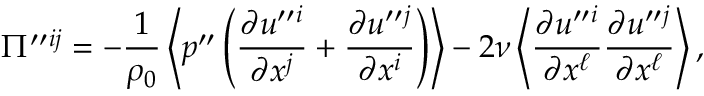
\Pi ^ { \prime \prime } { } ^ { i j } = - \frac { 1 } { \rho _ { 0 } } \left\langle { p ^ { \prime \prime } \left( { \frac { \partial u ^ { \prime \prime } { } ^ { i } } { \partial x ^ { j } } + \frac { \partial u ^ { \prime \prime } { } ^ { j } } { \partial x ^ { i } } } \right) } \right\rangle - 2 \nu \left\langle { \frac { \partial u ^ { \prime \prime } { } ^ { i } } { \partial x ^ { \ell } } \frac { \partial u ^ { \prime \prime } { } ^ { j } } { \partial x ^ { \ell } } } \right\rangle ,